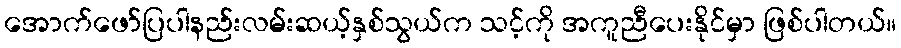
အောက်ဖော်ပြပါနည်းလမ်းဆယ့်နှစ်သွယ်က သင့်ကို အကူညီပေးနိုင်မှာ ဖြစ်ပါတယ်။